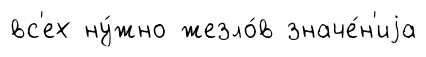
вс'ех ну́жно жезло́в значе́н'иjа